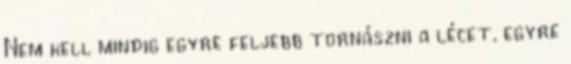
Nem kell mindig egyre feljebb tornászni a lécet, egyre